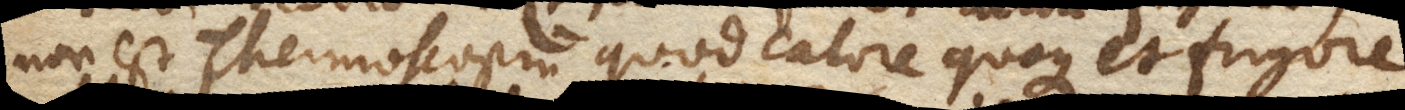
non est Thermoscopium quod calore quoque et frigore